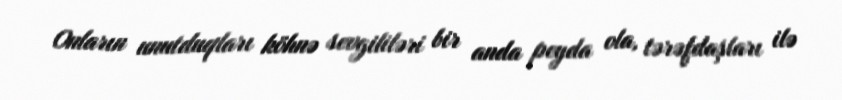
Onların unutduqları köhnə sevgililəri bir anda peyda ola, tərəfdaşları ilə